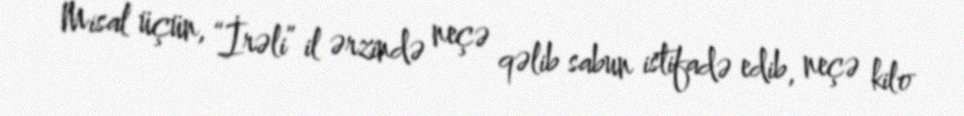
Misal üçün, “İrəli” il ərzində neçə qəlib sabun istifadə edib, neçə kilo